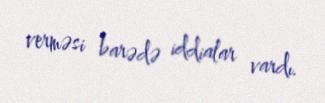
verməsi barədə iddialar vardı.